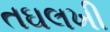
તઘલખી